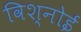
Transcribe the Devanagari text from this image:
विश्‍नोई